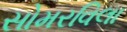
સોમરવિલા